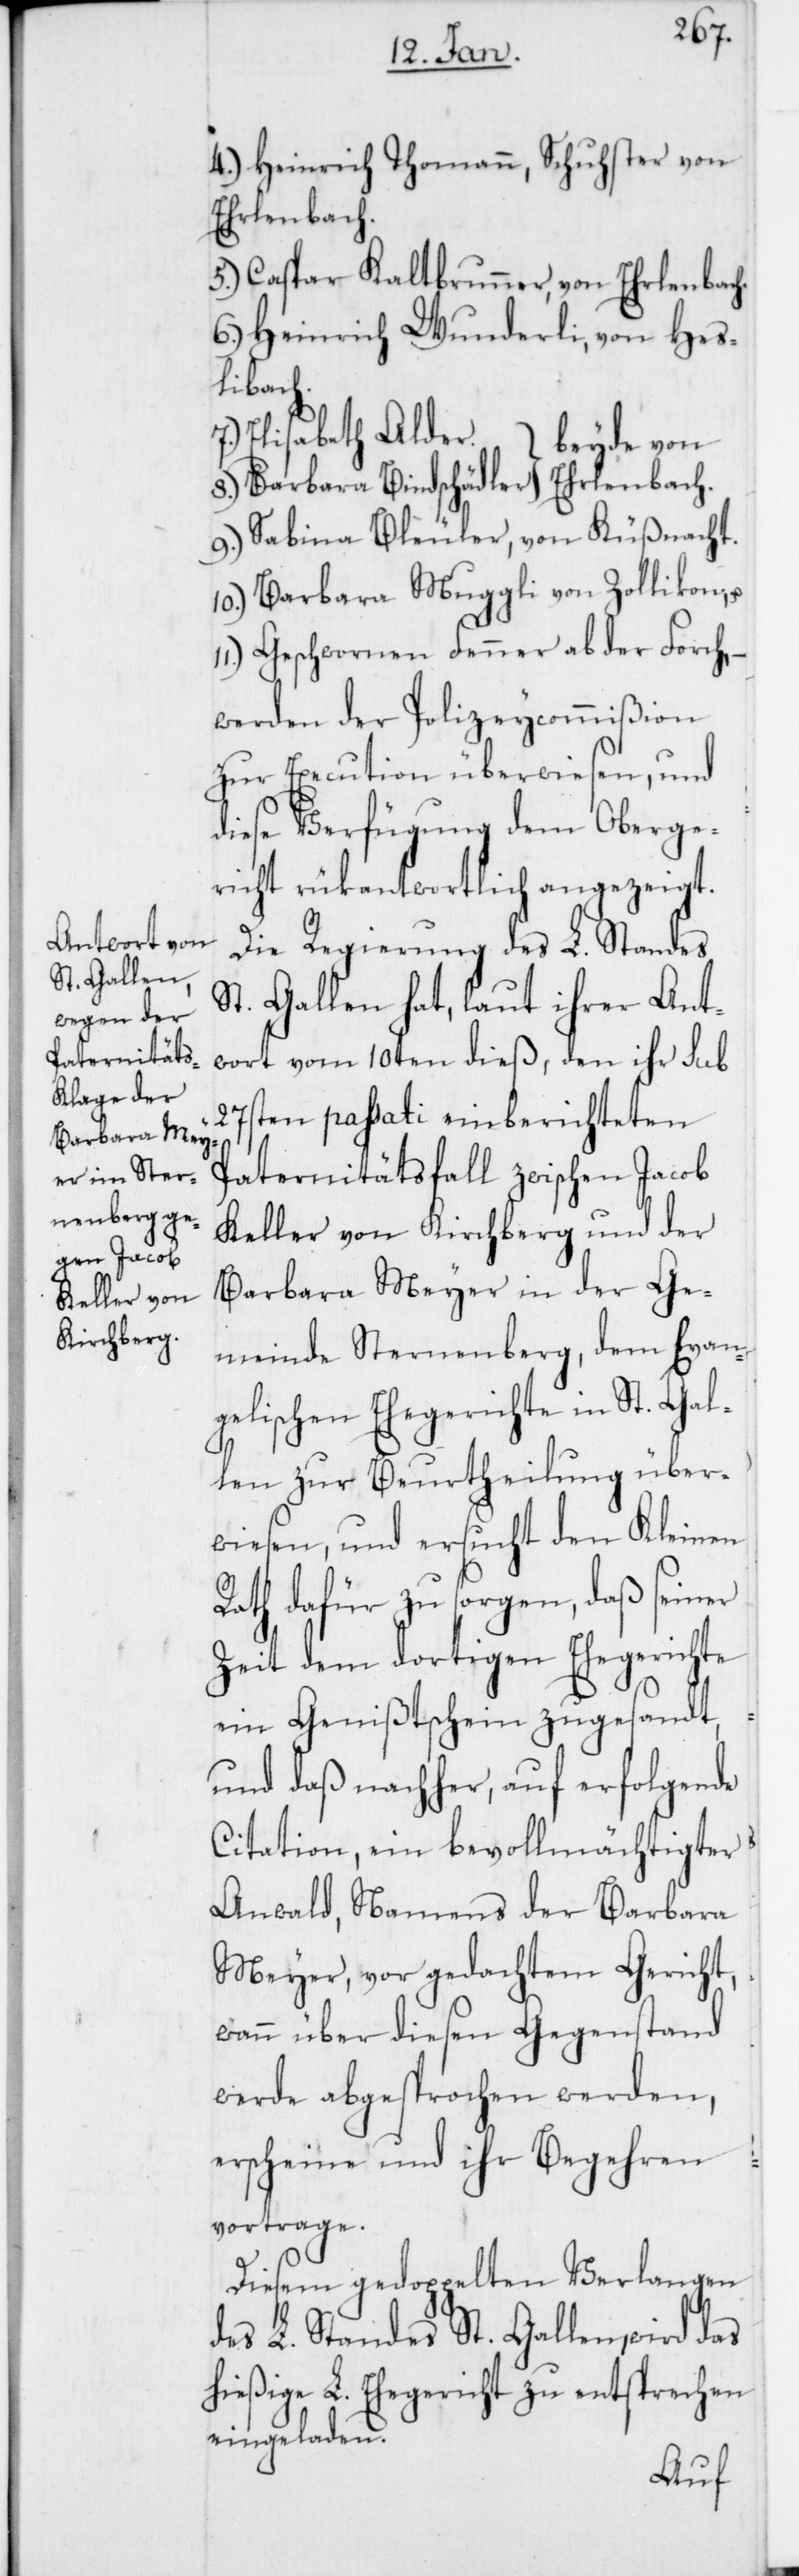
4.) Heinrich Thomann, Schuster von
Erlenbach.
5.) Caspar Kaltbrunner, von Erlenbach.
6.) Heinrich Wunderli, von Hes¬
libach.
8.) Barbara Bindschädler, beyde
9.) Sabina Bleuler, von Küßnacht.
10.) Barbara Muggli, von Zollikon;
Geschwornen Fenner, ab der Forch;
werden der Polizeycommißion
zur Execution überwiesen, und
diese Verfügung dem Oberge¬
richt rükantwortlich angezeigt.
Die Regierung des L. Standes
St. Gallen hat, laut ihrer Ant¬
wort vom 10ten dieß, den ihr sub
27sten passati einberichteten
Paternitätsfall zwischen Jacob
Keller von Kirchberg und der
Barbara Meyer in der Ge¬
meinde Sternenberg, dem Evan¬
gelischen Ehegerichte in St. Gal¬
len zur Beurtheilung über¬
wiesen, und ersucht den Kleinen
Rath dafür zu sorgen, daß seiner
Zeit dem dortigen Ehegerichte
ein Genißtschein zugesandt,
und daß nachher, auf erfolgende
Citation, ein bevollmächtigter
Anwald, Namens der Barbara
Meyer, vor gedachtem Gericht,
wann über diesen Gegenstand
werde abgesprochen werden,
erscheine und ihr Begehren
vortrage.
Diesem gedoppelten Verlangen
des L. Standes St. Gallen, wird das
hießige L. Ehegericht zu entsprechen
eingeladen.